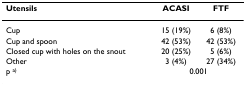
<table><thead><tr><td><b>Utensils</b></td><td><b>ACASI</b></td><td><b>FTF</b></td></tr></thead><tbody><tr><td>Cup</td><td>15 (19%)</td><td>6 (8%)</td></tr><tr><td>Cup and spoon</td><td>42 (53%)</td><td>42 (53%)</td></tr><tr><td>Closed cup with holes on the snout</td><td>20 (25%)</td><td>5 (6%)</td></tr><tr><td>Other</td><td>3 (4%)</td><td>27 (34%)</td></tr><tr><td>p <sup>a)</sup></td><td colspan="2">0.001</td></tr></tbody></table>